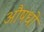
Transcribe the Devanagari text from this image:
औषधो